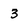
Character: 3